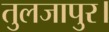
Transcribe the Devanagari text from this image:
तुलजापुर।